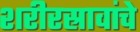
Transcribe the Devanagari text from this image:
शरीरस्रावांचे